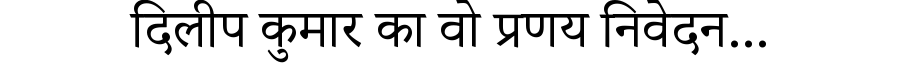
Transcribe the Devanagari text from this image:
दिलीप कुमार का वो प्रणय निवेदन...